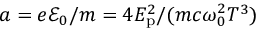
a = { e { \mathscr { E } _ { 0 } } } / { m } = { 4 E _ { \mathrm { p } } ^ { 2 } } / { ( m c \omega _ { 0 } ^ { 2 } T ^ { 3 } ) }